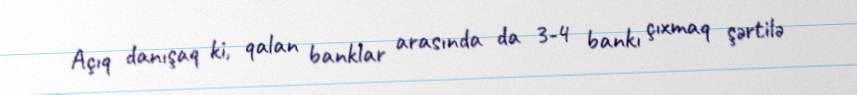
Açıq danışaq ki, qalan banklar arasında da 3-4 bankı çıxmaq şərtilə